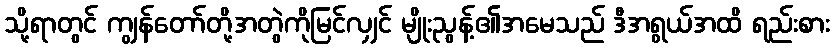
သို့ရာတွင် ကျွန်တော်တို့အတွဲကိုမြင်လျှင် မျိုးညွန့်၏အမေသည် ဒီအရွယ်အထိ ရည်းစား